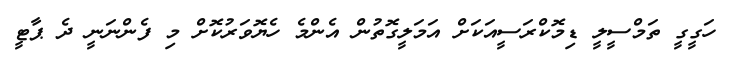
ހަގީގީ ތަމްސީލީ ޑިމޮކްރަސީއަކަށް އަމަލީގޮތުން އެންމެ ހެޔޮވަރުކޮށް މި ފެންނަނީ ދެ ޕާޓީ